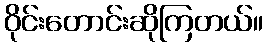
ဝိုင်းတောင်းဆိုကြတယ်။